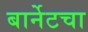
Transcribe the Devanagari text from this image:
बार्नेटचा